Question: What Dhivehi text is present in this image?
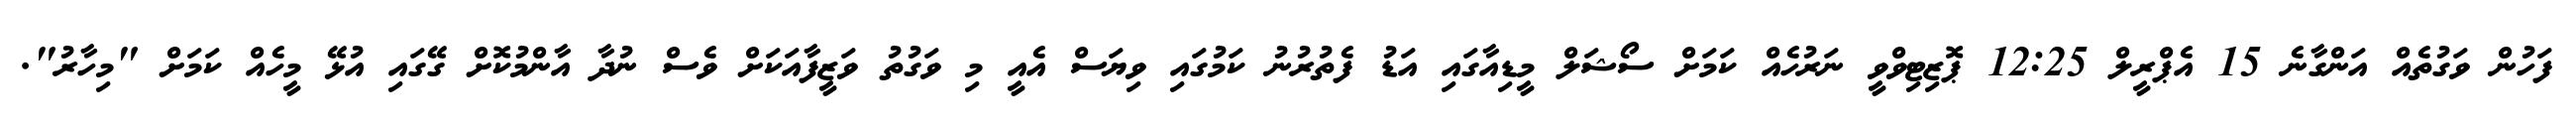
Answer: ފަހުން ވަގުތެއް އަންގާނެ 15 އެޕްރީލް 12:25 ޕޮޒިޓިވްވީ ނަރުހެއް ކަމަށް ސޯޝަލް މީޑިއާގައި އަޑު ފެތުރުނު ކަމުގައި ވިޔަސް އެއީ މި ވަގުތު ވަޒީފާއަކަށް ވެސް ނުދާ އާންމުކޮށް ގޭގައި އުޅޭ މީހެއް ކަމަށް "މިހާރު".